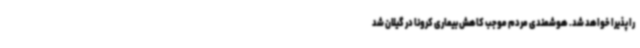
را پذیرا خواهد شد. هوشمندی مردم موجب کاهش بیماری کرونا در گیلان شد